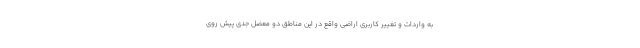
به واردات و تغییر کاربری اراضی واقع در این مناطق دو معضل جدی پیش روی